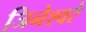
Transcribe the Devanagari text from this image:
जिनेश्वरं